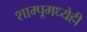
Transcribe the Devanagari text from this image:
शाम्पूमध्येही